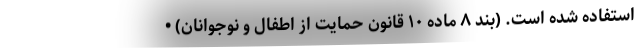
استفاده شده است. (بند ۸ ماده ۱۰ قانون حمایت از اطفال و نوجوانان) •